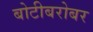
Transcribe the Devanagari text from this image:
बोटीबरोबर